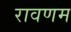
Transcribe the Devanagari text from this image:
रावणम